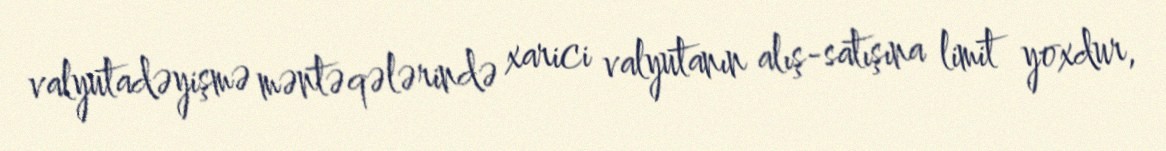
valyutadəyişmə məntəqələrində xarici valyutanın alış-satışına limit yoxdur,